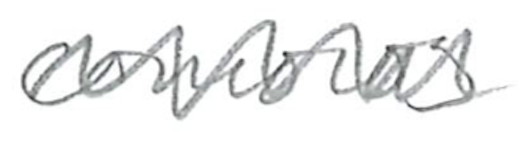
Text: Comoros
Cross-out: zig-zag
Writing tool: pencil